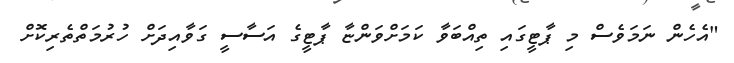
"އެހެން ނަމަވެސް މި ޕާޓީގައި ތިއްބަވާ ކަމަށްވަންޏާ ޕާޓީގެ އަސާސީ ގަވާއިދަށް ހުރުމަތްތެރިކޮށް